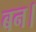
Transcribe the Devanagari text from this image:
बन।